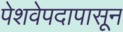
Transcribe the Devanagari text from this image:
पेशवेपदापासून